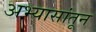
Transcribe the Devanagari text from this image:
अभ्यासांतून